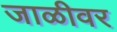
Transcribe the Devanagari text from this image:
जाळीवर